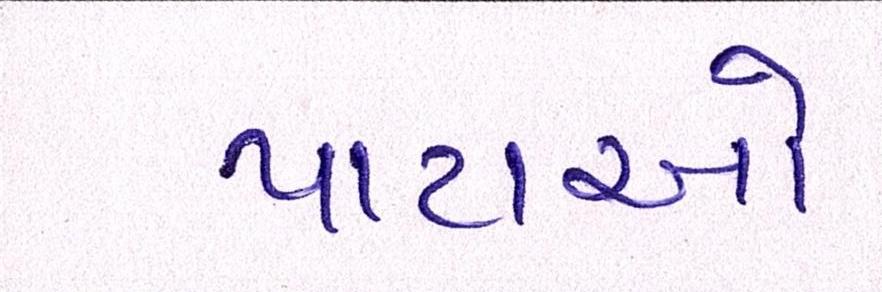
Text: પાટાઓ